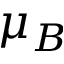
\mu _ { B }